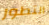
التطور